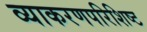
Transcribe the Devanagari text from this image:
व्याकरणपरिशिष्ट